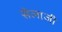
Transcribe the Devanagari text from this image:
सेलाजी